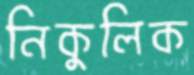
নিকুলিক